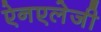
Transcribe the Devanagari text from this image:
ऐनएलेजी